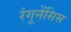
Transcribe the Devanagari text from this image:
रंगूनेंसिस